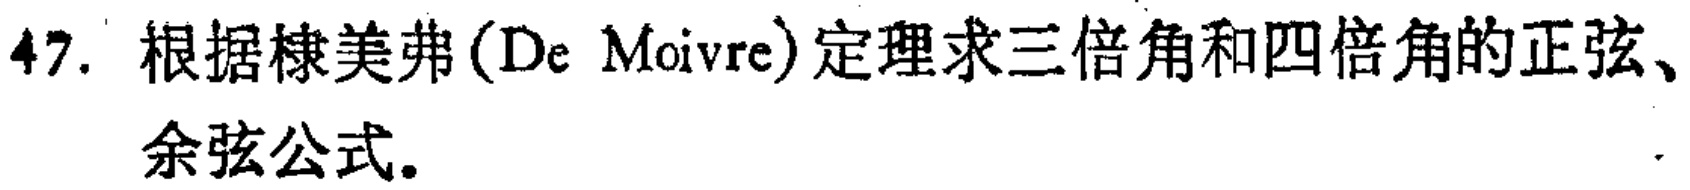
47. 根据棣美弗(De Moivre)定理求三倍角和四倍角的正弦、余弦公式。